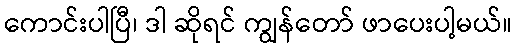
ကောင်းပါပြီ၊ ဒါ ဆိုရင် ကျွန်တော် ဖာပေးပါ့မယ်။